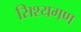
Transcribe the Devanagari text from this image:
सिश्यगण